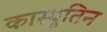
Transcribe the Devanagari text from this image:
कास्पुतिन